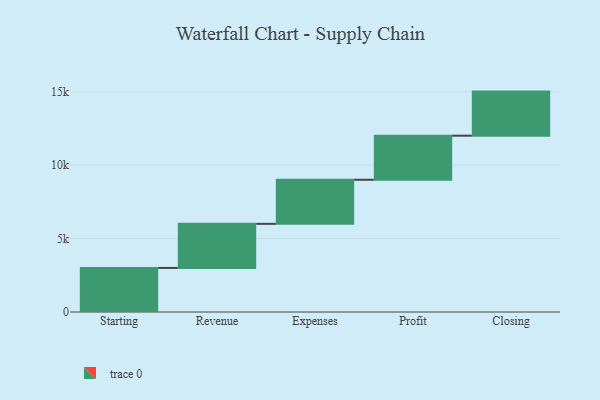
{"axis": {"x": "Step", "y": "Value"}, "legend": [""], "data": [{"x": "Starting", "y": 3000, "type": ""}, {"x": "Revenue", "y": 3000, "type": ""}, {"x": "Expenses", "y": 3000, "type": ""}, {"x": "Profit", "y": 3000, "type": ""}, {"x": "Closing", "y": 3000, "type": ""}]}